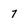
Character: 7